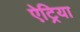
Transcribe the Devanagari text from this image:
ऐट्रिया